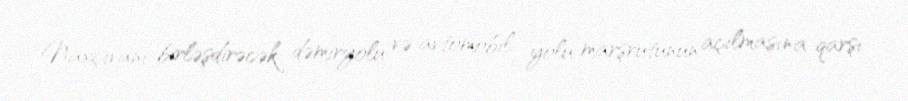
Naxçıvanı birləşdirəcək dəmiryolu və avtomobil yolu marşrutunun açılmasına qarşı